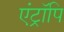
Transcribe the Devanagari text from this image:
एंट्रॉपि